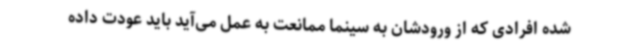
شده افرادی که از ورودشان به سینما ممانعت به عمل می‌آید باید عودت داده